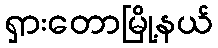
ရှားတောမြို့နယ်